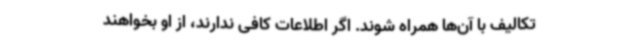
تکالیف با آن‌ها همراه شوند. اگر اطلاعات کافی ندارند، از او بخواهند